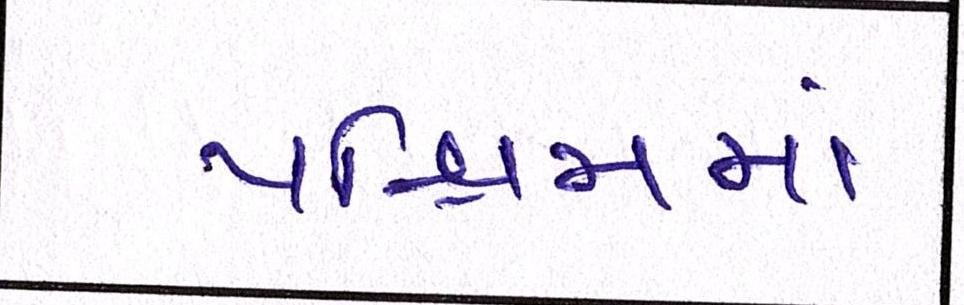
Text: પશ્ચિમમાં